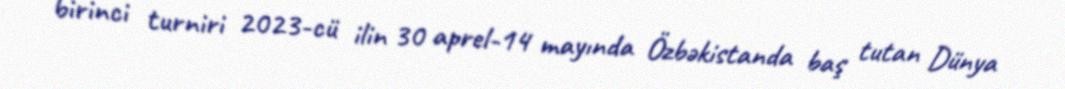
birinci turniri 2023-cü ilin 30 aprel-14 mayında Özbəkistanda baş tutan Dünya